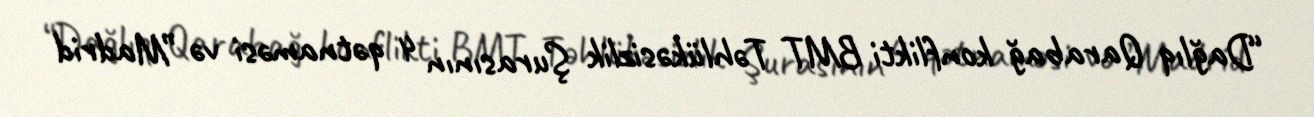
“Dağlıq Qarabağ konflikti BMT Təhlükəsizlik Şurasının 4 qətnaməsi və ”Madrid